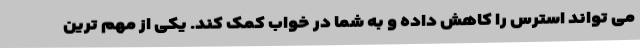
می تواند استرس را کاهش داده و به شما در خواب کمک کند. یکی از مهم ترین